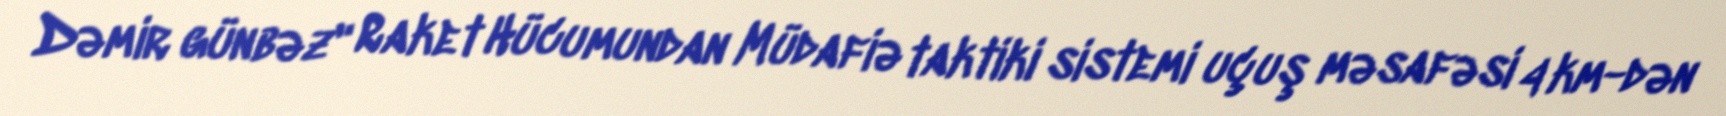
Dəmir günbəz" Raket Hücumundan Müdafiə taktiki sistemi uçuş məsafəsi 4 km-dən